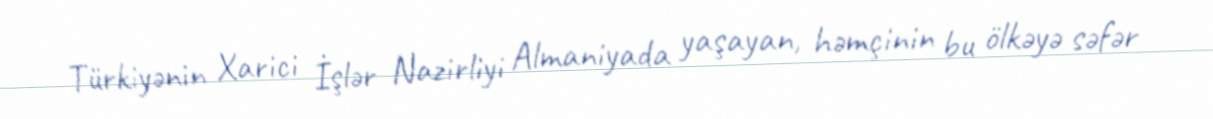
Türkiyənin Xarici İşlər Nazirliyi Almaniyada yaşayan, həmçinin bu ölkəyə səfər